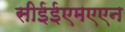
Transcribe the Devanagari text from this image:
सीईईएमएएन